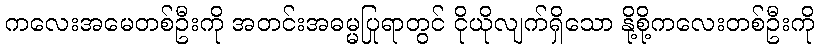
ကလေးအမေတစ်ဦးကို အတင်းအဓမ္မပြုရာတွင် ငိုယိုလျက်ရှိသော နို့စို့ကလေးတစ်ဦးကို